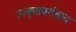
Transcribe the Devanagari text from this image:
उत्कृष्टवर्गवाद